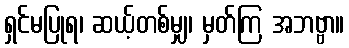
ရှင်မပြုရ၊ ဆယ့်တစ်မျှ၊ မှတ်ကြ အဘဗ္ဗာ။